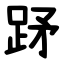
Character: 䟥